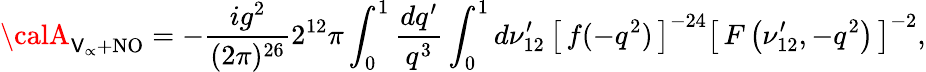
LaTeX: {\calA}_{\mathsf{V}_{\propto}+\mathrm{{NO}}}=-{\frac{{ig^{2}}}{{(2\pi)^{26}}}}2^{12}\pi\int_{0}^{1}{\frac{{dq^{\prime}}}{{q^{3}}}}\int_{0}^{1}d\nu_{12}^{\prime}\, \left[\, f(-q^{2})\, \right]^{-24}\left[\, F\left(\nu_{12}^{\prime},-q^{2}\right)\, \right]^{-2},